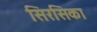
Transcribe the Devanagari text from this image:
सिरसिका